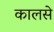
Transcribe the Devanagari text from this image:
कालसे